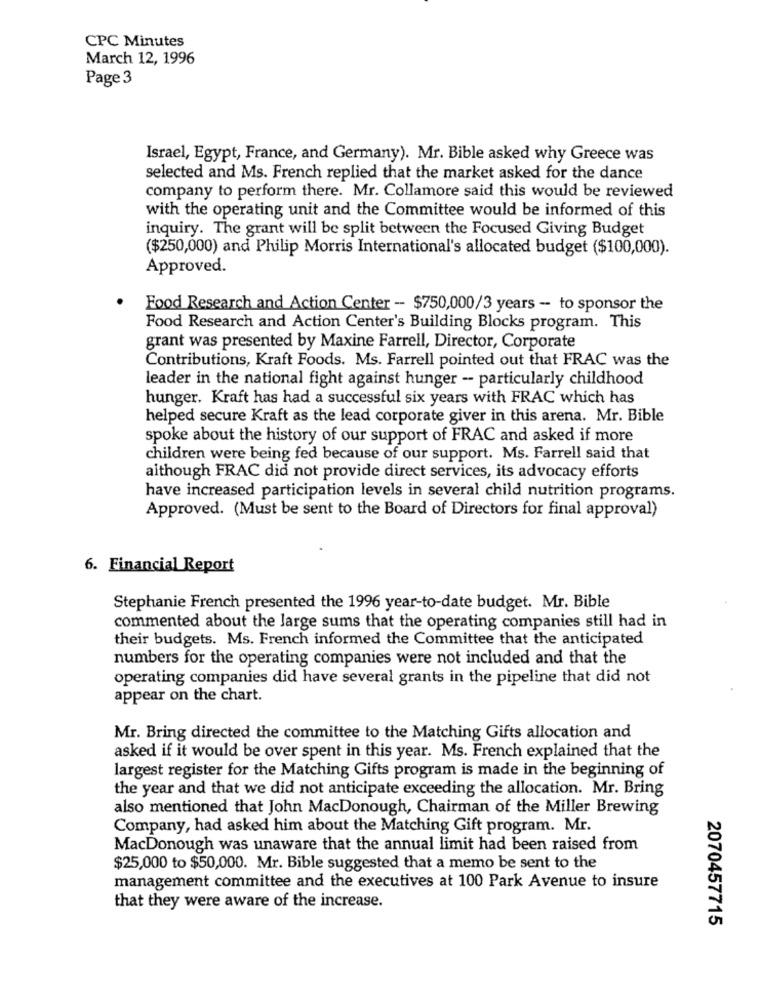
CPC Minutes
March 12, 1996
Page 3
Israel, Egypt, France, and Germany). Mr. Bible asked why Greece was
selected and Ms. French replied that the market asked for the dance
company to perform there. Mr. Collamore said this would be reviewed
with the operating unit and the Committee would be informed of this
inquiry. The grant will be split between the Focused Giving Budget
($250,000) and Philip Morris International's allocated budget ($100,000).
Approved.
Food Research and Action Center -- $750,000/3 years - to sponsor the
Food Research and Action Center's Building Blocks program. This
grant was presented by Maxine Farrell, Director, Corporate
Contributions, Kraft Foods. Ms. Farrell pointed out that FRAC was the
leader in the national fight against hunger - particularly childhood
hunger. Kraft has had a successful six years with FRAC which has
helped secure Kraft as the lead corporate giver in this arena. Mr. Bible
spoke about the history of our support of FRAC and asked if more
children were being fed because of our support. Ms. Farrell said that
although FRAC did not provide direct services, its advocacy efforts
have increased participation levels in several child nutrition programs.
Approved. (Must be sent to the Board of Directors for final approval)
6. Financial Report
Stephanie French presented the 1996 year-to-date budget. Mr. Bible
commented about the large sums that the operating companies still had in
their budgets. Ms. French informed the Committee that the anticipated
numbers for the operating companies were not included and that the
operating companies did have several grants in the pipeline that did not
appear on the chart.
Mr. Bring directed the committee to the Matching Gifts allocation and
asked if it would be over spent in this year. Ms. French explained that the
largest register for the Matching Gifts program is made in the beginning of
the year and that we did not anticipate exceeding the allocation. Mr. Bring
also mentioned that John MacDonough, Chairman of the Miller Brewing
Company, had asked him about the Matching Gift program. Mr.
MacDonough was unaware that the annual limit had been raised from
$25,000 to $50,000. Mr. Bible suggested that a memo be sent to the
management committee and the executives at 100 Park Avenue to insure
that they were aware of the increase.
2070457715